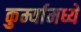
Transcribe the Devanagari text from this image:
कुर्म्यामध्ये